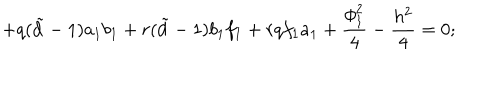
LaTeX: + q ( { \tilde { d } } - 1 ) a _ { 1 } b _ { 1 } + r ( { \tilde { d } } - 1 ) b _ { 1 } f _ { 1 } + r q f _ { 1 } a _ { 1 } + \frac { \phi _ { 1 } ^ { 2 } } { 4 } - \frac { h ^ { 2 } } { 4 } = 0 ;